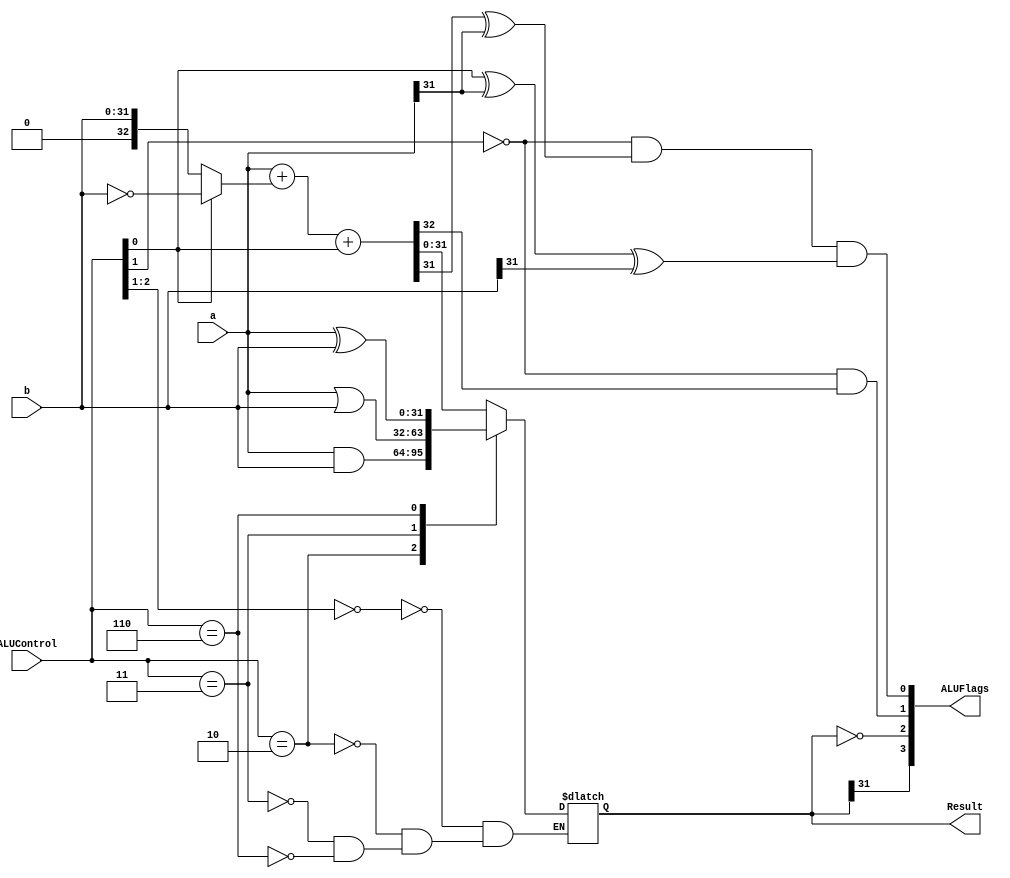
module alu(
    a,
    b,
    ALUControl,
    Result,
    ALUFlags
);

  input [31:0] a, b;
  input [2:0] ALUControl;
  output reg [31:0] Result;
  output wire [3:0] ALUFlags;
  
  wire [32:0] sum;
  wire neg, zero, carry, overflow;
  
  assign sum = a + (ALUControl[0]? ~b:b) + ALUControl[0];

  always @(*)
    begin
      casex (ALUControl[2:0]) 
        3'b00?: Result=sum;
        3'b010: Result=a&b;
	      3'b011: Result=a|b;
	      3'b110: Result=a^b;
    	endcase    
    end
  
  assign neg = Result[31];
  assign zero = (Result == 32'b0); 
  assign carry = (ALUControl[1]==1'b0) & sum[32];
  assign overflow = (ALUControl[1]==1'b0) & (sum[31] 
	^ a[31])  & (ALUControl[0] ^ a[31] ^ b[31]);
  
  assign ALUFlags= {neg, zero, carry, overflow};
  
endmodule